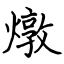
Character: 燉